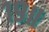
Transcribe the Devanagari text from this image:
१९॥